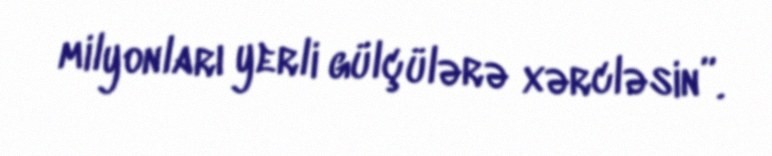
milyonları yerli gülçülərə xərcləsin”.